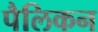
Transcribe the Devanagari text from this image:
पैलिकन